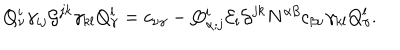
Q _ { \nu } ^ { i } \gamma _ { i j } { \cal G } ^ { j k } \gamma _ { k l } Q _ { \gamma } ^ { l } = c _ { \nu \gamma } - Q _ { \alpha ; j } ^ { i } { \cal E } _ { i } { \cal G } ^ { j k } N ^ { \alpha \beta } c _ { \beta \nu } \gamma _ { k l } Q _ { \gamma } ^ { l } .